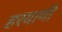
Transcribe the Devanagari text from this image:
हरयाणी